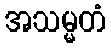
အသမ္မတံ